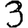
Digit: 3